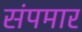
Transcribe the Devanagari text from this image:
संपमार